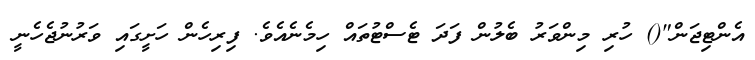
އެންޓިޖަން"() ހުރި މިންވަރު ބެލުން ފަދަ ޓެސްޓުތައް ހިމެނެއެވެ. ފިރިހެން ހަށީގައި ވަރުނުޖެހެނީ